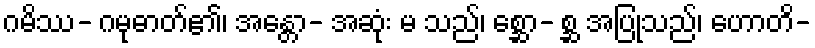
ဂမိဿ- ဂမုဓာတ်၏၊ အန္တော- အဆုံး မ သည်၊ စ္ဆော- စ္ဆ အပြုသည်၊ ဟောတိ-